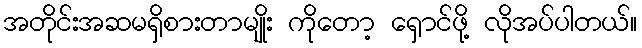
အတိုင်းအဆမရှိစားတာမျိုး ကိုတော့ ရှောင်ဖို့ လိုအပ်ပါတယ်။